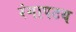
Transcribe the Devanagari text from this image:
रंगापटय